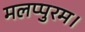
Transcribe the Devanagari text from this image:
मलप्पुरम।